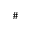
\#